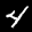
Label: 4